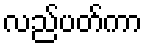
လည်ပတ်ကာ